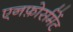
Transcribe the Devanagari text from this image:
एनफ़ोर्समेंट